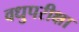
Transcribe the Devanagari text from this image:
वधुपरीक्षा